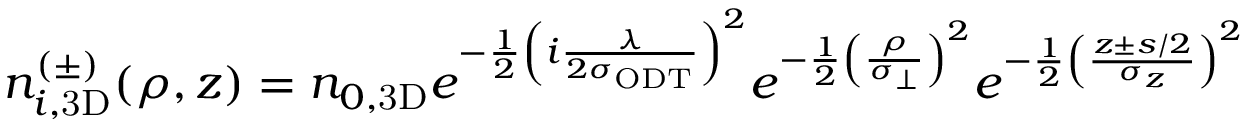
n _ { i , \mathrm { 3 D } } ^ { ( \pm ) } ( \rho , z ) = n _ { 0 , \mathrm { 3 D } } e ^ { - \frac { 1 } { 2 } \left( i \frac { \lambda } { 2 \sigma _ { \mathrm { { O D T } } } } \right) ^ { 2 } } e ^ { - \frac { 1 } { 2 } \left( \frac { \rho } { \sigma _ { \perp } } \right) ^ { 2 } } e ^ { - \frac { 1 } { 2 } \left( \frac { z \pm s / 2 } { \sigma _ { z } } \right) ^ { 2 } }